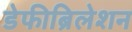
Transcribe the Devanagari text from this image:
डेफीब्रिलेशन